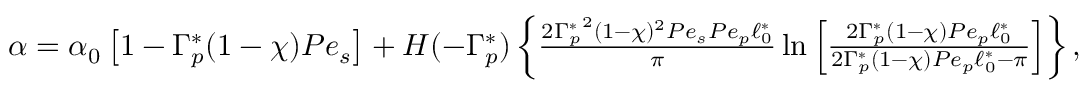
\begin{array} { r } { \alpha = \alpha _ { 0 } \left[ 1 - \Gamma _ { p } ^ { \ast } ( 1 - \chi ) P e _ { s } \right] + H ( - \Gamma _ { p } ^ { \ast } ) \left\{ \frac { { 2 \Gamma _ { p } ^ { \ast } } ^ { 2 } ( 1 - \chi ) ^ { 2 } P e _ { s } P e _ { p } \ell _ { 0 } ^ { \ast } } { \pi } \ln \left[ \frac { 2 \Gamma _ { p } ^ { \ast } ( 1 - \chi ) P e _ { p } \ell _ { 0 } ^ { \ast } } { 2 \Gamma _ { p } ^ { \ast } ( 1 - \chi ) P e _ { p } \ell _ { 0 } ^ { \ast } - \pi } \right] \right\} , } \end{array}